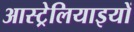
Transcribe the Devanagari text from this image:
आस्ट्रेलियाइयों